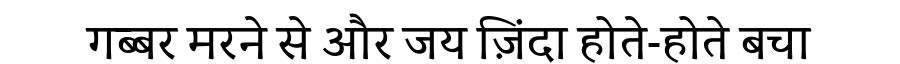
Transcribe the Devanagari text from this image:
गब्बर मरने से और जय ज़िंदा होते-होते बचा